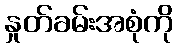
နှုတ်ခမ်းအစုံကို